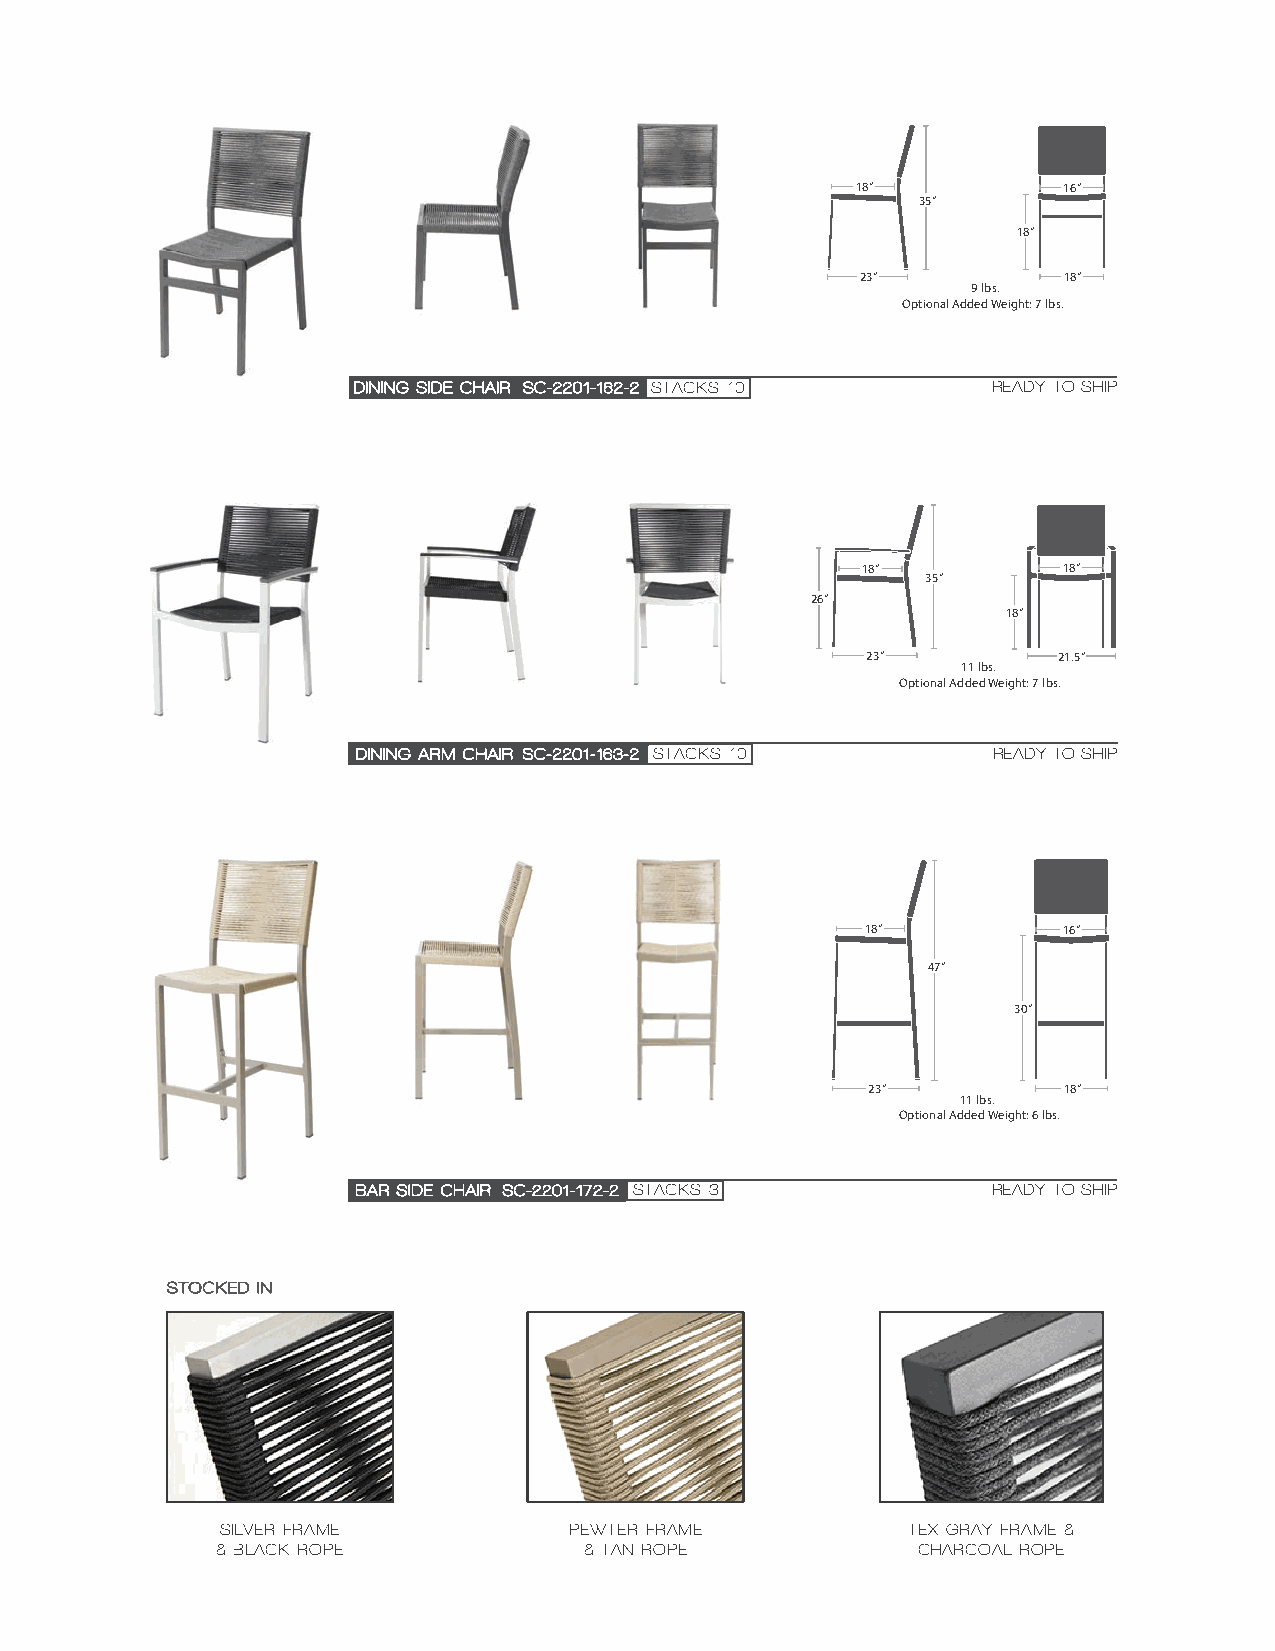
18”          16”
 35”
 18”
 23”          18”
 9 lbs.
 Optional Added Weight: 7 lbs.
 DDIINNIINNGG SSIIDDEE CCHHAAIIRR SSCC--22220011--116622--22 SSTTAACCKKSS 1100 READY TO SHIP
 18”          18”
 35”
 26”
 18”
 23”          21.5”
 11 lbs.
 Optional Added Weight: 7 lbs.
 DDIINNIINNGG AARRMM CCHHAAIIRR SSCC--22220011--116633--22 SSTTAACCKKSS 1100 READY TO SHIP
 18”          16”
 47”
 30”
 23”          18”
 11 lbs.
 Optional Added Weight: 6 lbs.
 BBAARR SSIIDDEE CCHHAAIIRR SSCC--22220011--117722--22 SSTTAACCKKSS 33 READY TO SHIP
 SSTTOOCCKKEEDD IINN
 SILVER FRAME           PEWTER FRAME          TEX GRAY FRAME &
 & BLACK ROPE             & TAN ROPE            CHARCOAL ROPE